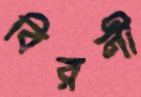
বিরলী